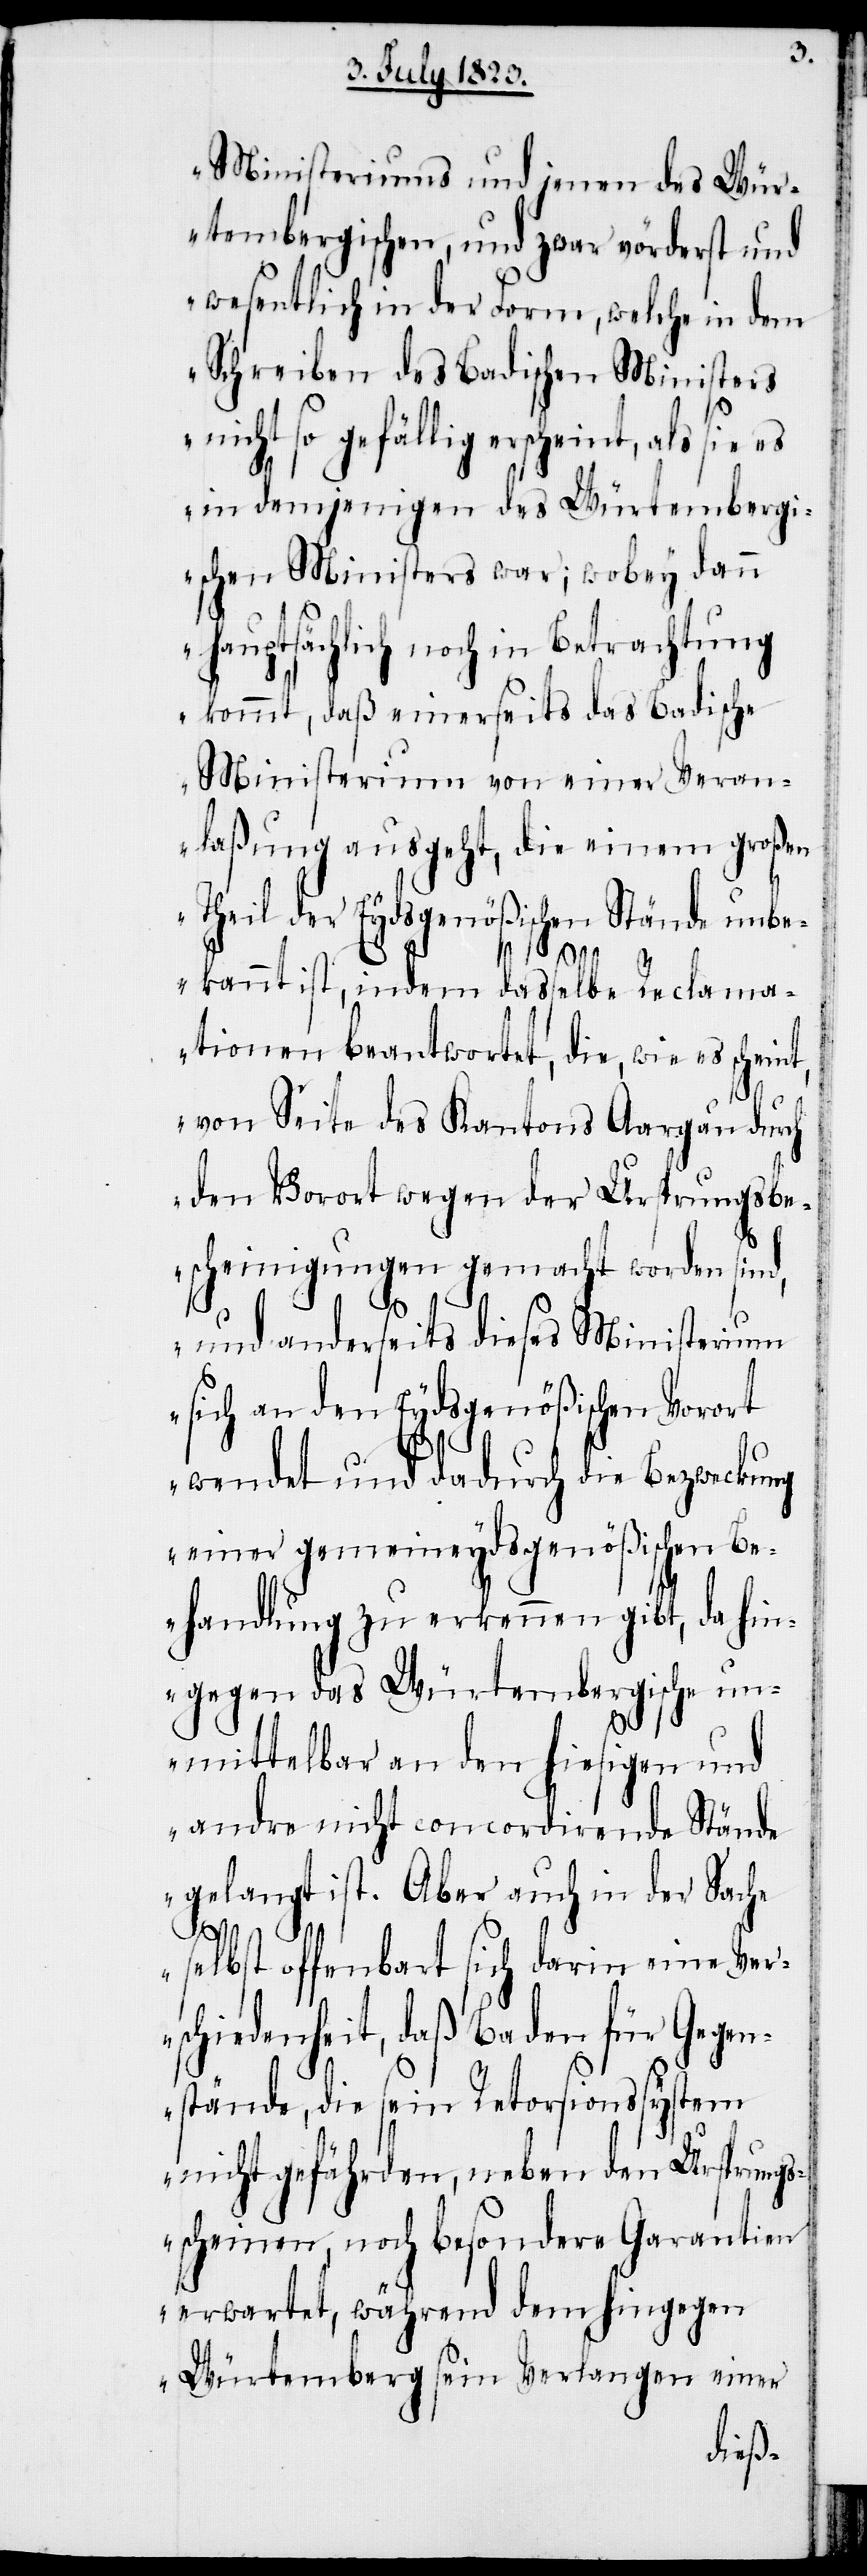
Ministeriums und jenen des Wür¬
tembergischen, und zwar vörderst und
wesentlich in der Form, welche in dem
Schreiben des Badischen Ministers
nicht so gefällig erscheint, als sie es
in demjenigen des Würtembergi¬
schen Ministers war; wobey dann
hauptsächlich noch in Betrachtung
kommt, daß einerseits das Badische
Ministerium von einer Veran¬
laßung ausgeht, die einem großen
Theil der Eydsgenößischen Stände unbe¬
kannt ist, indem dasselbe Reclama¬
tionen beantwortet, die, wie es schein¬
von Seite des Kantons Aargau durch
den Vorort wegen der Ursprungsbe¬
scheinigungen gemacht worden sind,
und anderseits dieses Ministerium
sich an den Eydsgenößischen Vorort
wendet und dadurch die Bezweckung
einer gemeineydsgenößischen Be¬
handlung zu erkennen gibt, da hin¬
gegen das Würtembergische un¬
mittelbar an den hiesigen und
andre nicht concordirende Stände
gelangt ist. Aber auch in der Sache
t,
selbst offenbart sich darin eine Ver¬
schiedenheit, daß Baden für Gegen¬
stände, die sein Retorsionssystem
nicht gefährden, neben den Ursprungs¬
scheinen, noch besondere Garantien
erwartet, während dem hingegen
Würtemberg sein Verlangen einer